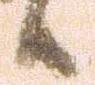
候